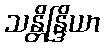
သန္တိန္ဒြိယာ